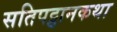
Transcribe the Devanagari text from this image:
सतिपट्ठानकथा